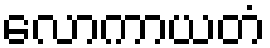
လောကာယတံ